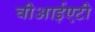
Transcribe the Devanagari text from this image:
वीआईएटी